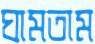
ঘামতাম